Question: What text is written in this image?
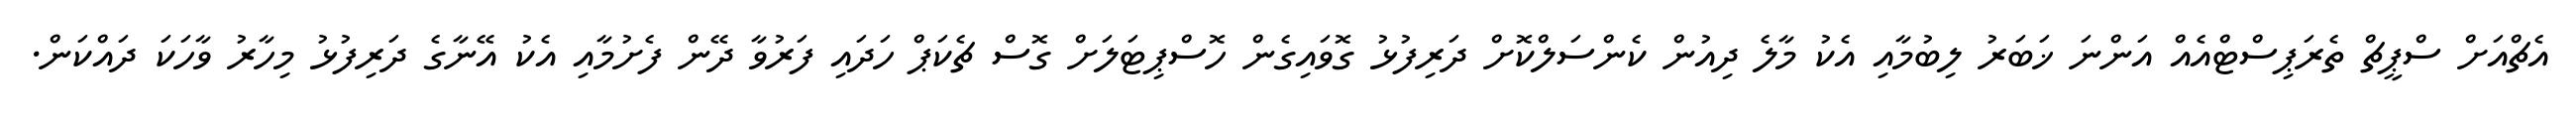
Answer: އެޗްއަށް ސްޕީޗް ތެރަޕިސްޓްއެއް އަންނަ ޚަބަރު ލިބުމާއި އެކު މާލެ ދިއުން ކެންސަލްކޮށް ދަރިފުޅު ގޮވައިގެން ހޮސްޕިޓަލަށް ގޮސް ޗެކަޕް ހަދައި ފަރުވާ ދޭން ފެށުމާއި އެކު އޭނާގެ ދަރިފުޅު މިހާރު ވާހަކަ ދައްކަން.